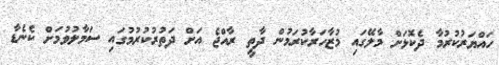
ހައްޔަރުކުރުމާ ދެކޮޅަށް މާލޭގައި މުޒާހަރާކުރަމުން ދާތީ ރާއްޖެ އަށް ދަތުރުކުރުމުގައި ސަމާލުވުމަށް ކެނެޑާ